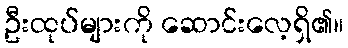
ဦးထုပ်များကို ဆောင်းလေ့ရှိ၏။